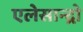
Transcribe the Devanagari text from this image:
एलेसान्द्रो